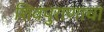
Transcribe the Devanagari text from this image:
शिवपुराणाचा